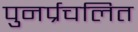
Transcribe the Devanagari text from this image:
पुनर्प्रचलित